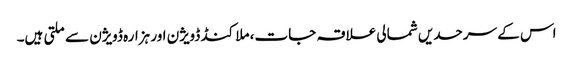
اس کے سرحدیں شمالی علاقہ جات، ملا کنڈ ڈویژن اور ہزارہ ڈویژن سے ملتی ہیں۔